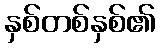
နှစ်တစ်နှစ်၏